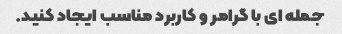
جمله ای با گرامر و کاربرد مناسب ایجاد کنید.